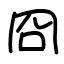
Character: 冏